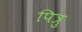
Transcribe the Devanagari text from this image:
पित्रु